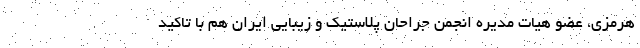
هرمزی، عضو هیات مدیره انجمن جراحان پلاستیک و زیبایی ایران هم با تاکید